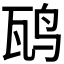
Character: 𬸁